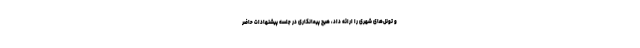
و تونل‌های شهری را ارائه داد، هیچ پیمانکاری در جلسه پیشنهادات حاضر